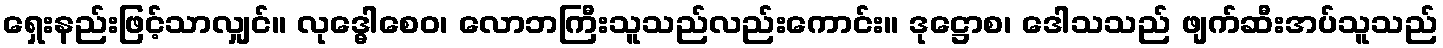
ရှေးနည်းဖြင့်သာလျှင်။ လုဒ္ဓေါစေဝ၊ လောဘကြီးသူသည်လည်းကောင်း။ ဒုဋ္ဌောစ၊ ဒေါသသည် ဖျက်ဆီးအပ်သူသည်